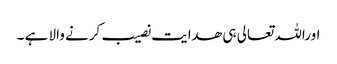
اوراللہ تعالی ہی ھدایت نصیب کرنے والا ہے ۔